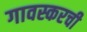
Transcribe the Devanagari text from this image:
गावस्करची